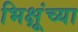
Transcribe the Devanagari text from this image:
भिक्षूंच्या